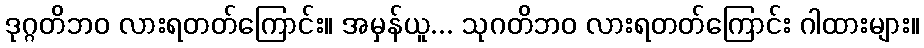
ဒုဂ္ဂတိဘဝ လားရတတ်ကြောင်း။ အမှန်ယူ... သုဂတိဘဝ လားရတတ်ကြောင်း ဂါထားများ။